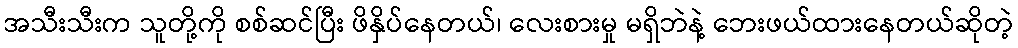
အသီးသီးက သူတို့ကို စစ်ဆင်ပြီး ဖိနှိပ်နေတယ်၊ လေးစားမှု မရှိဘဲနဲ့ ဘေးဖယ်ထားနေတယ်ဆိုတဲ့